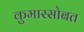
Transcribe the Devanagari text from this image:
कुमारसोबत